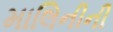
માલિનીની